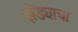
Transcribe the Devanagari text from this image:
झेंड्याचा